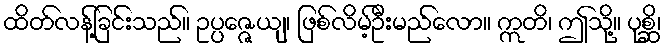
ထိတ်လန့်ခြင်းသည်။ ဥပ္ပဇ္ဇေယျ၊ ဖြစ်လိမ့်ဦးမည်လော။ ဣတိ၊ ဤသို့။ ပုစ္ဆိ၊